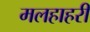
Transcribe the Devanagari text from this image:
मलहाहरी